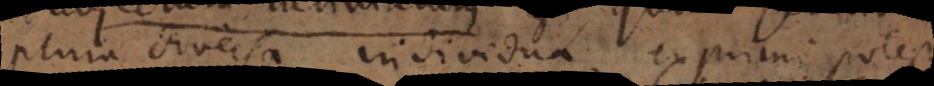
plura diversa individua exprimi potest,